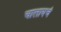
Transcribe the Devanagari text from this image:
चालायचं